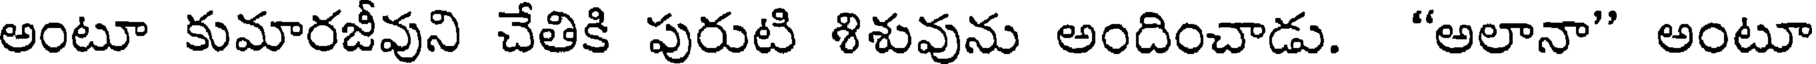
అంటూ కుమారజీవుని చేతికి పురుటి శిశువును అందించాడు. "అలానా" అంటూ